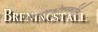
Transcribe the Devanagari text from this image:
सभंगश्लेषवक्रोक्ति